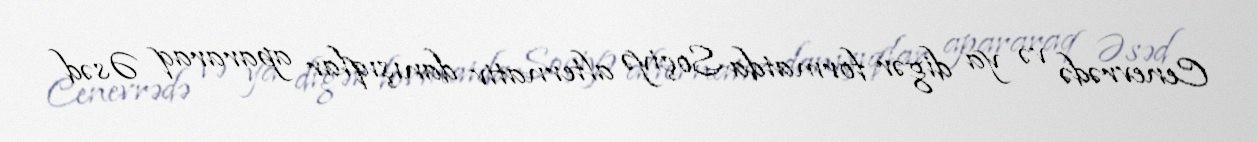
Cenevrədə və ya digər formatda Soçiyə alternativ danışıqlar apararaq Əsəd